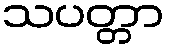
သပတ္တာ